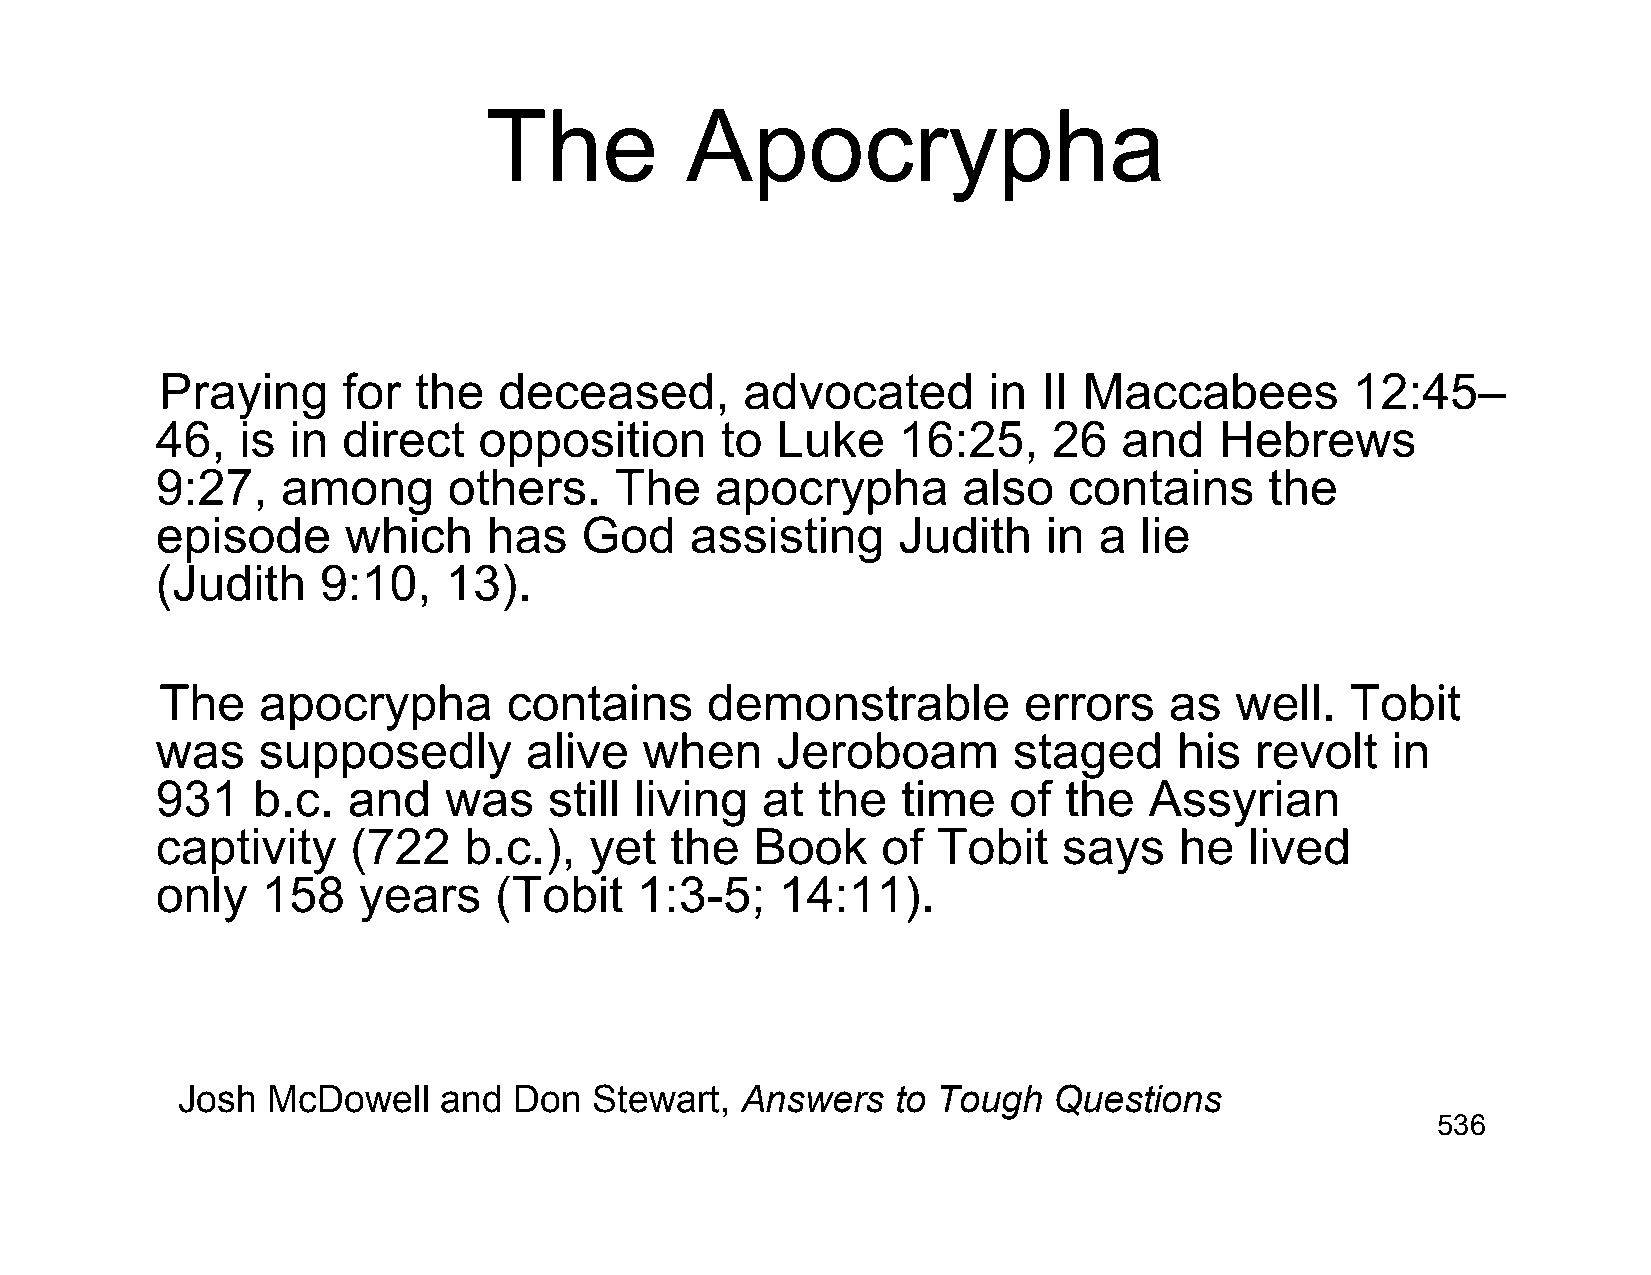
The          Apocrypha
 Praying     for the   deceased,       advocated       in  II Maccabees        12:45–
 46,   is in  direct   opposition      to Luke    16:25,     26  and    Hebrews
 9:27,    among      others.    The   apocrypha        also   contains     the
 episode      which    has   God     assisting    Judith    in  a lie
 (Judith    9:10,   13).
 The   apocrypha        contains     demonstrable         errors   as   well.  Tobit
 was    supposedly        alive   when    Jeroboam        staged     his  revolt   in
 931    b.c.  and   was    still living  at  the   time   of the   Assyrian
 captivity    (722    b.c.),  yet  the   Book    of  Tobit   says    he   lived
 only   158    years    (Tobit   1:3-5;    14:11).
 Josh  McDowell   and  Don  Stewart,  Answers   to Tough   Questions
 536